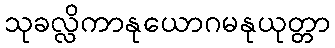
သုခလ္လိကာနုယောဂမနုယုတ္တာ